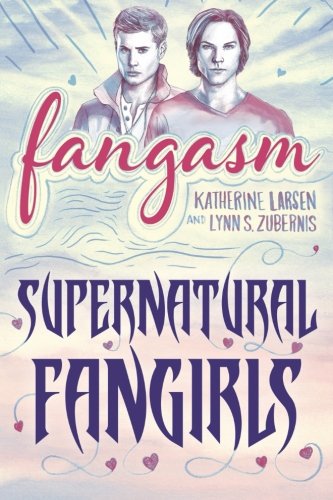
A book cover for Fangasm: Supernatural Fangirls; Katherine Larsen; Humor & Entertainment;